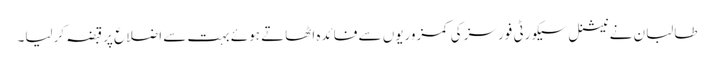
طالبان نے نیشنل سیکورٹی فورسز کی کمزوریوں سے فائدہ اٹھاتے ہوئے بہت سے اضلاع پر قبضہ کرلیا۔